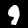
Digit: 9